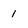
Character: 1